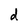
Character: d